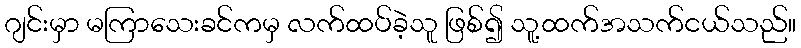
ဂျင်းမှာ မကြာသေးခင်ကမှ လက်ထပ်ခဲ့သူ ဖြစ်၍ သူ့ထက်အသက်ငယ်သည်။